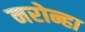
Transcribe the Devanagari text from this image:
नरोन्हा